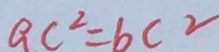
a c ^ { 2 } = b c ^ { 2 }